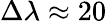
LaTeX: \Delta\lambda\approx 20